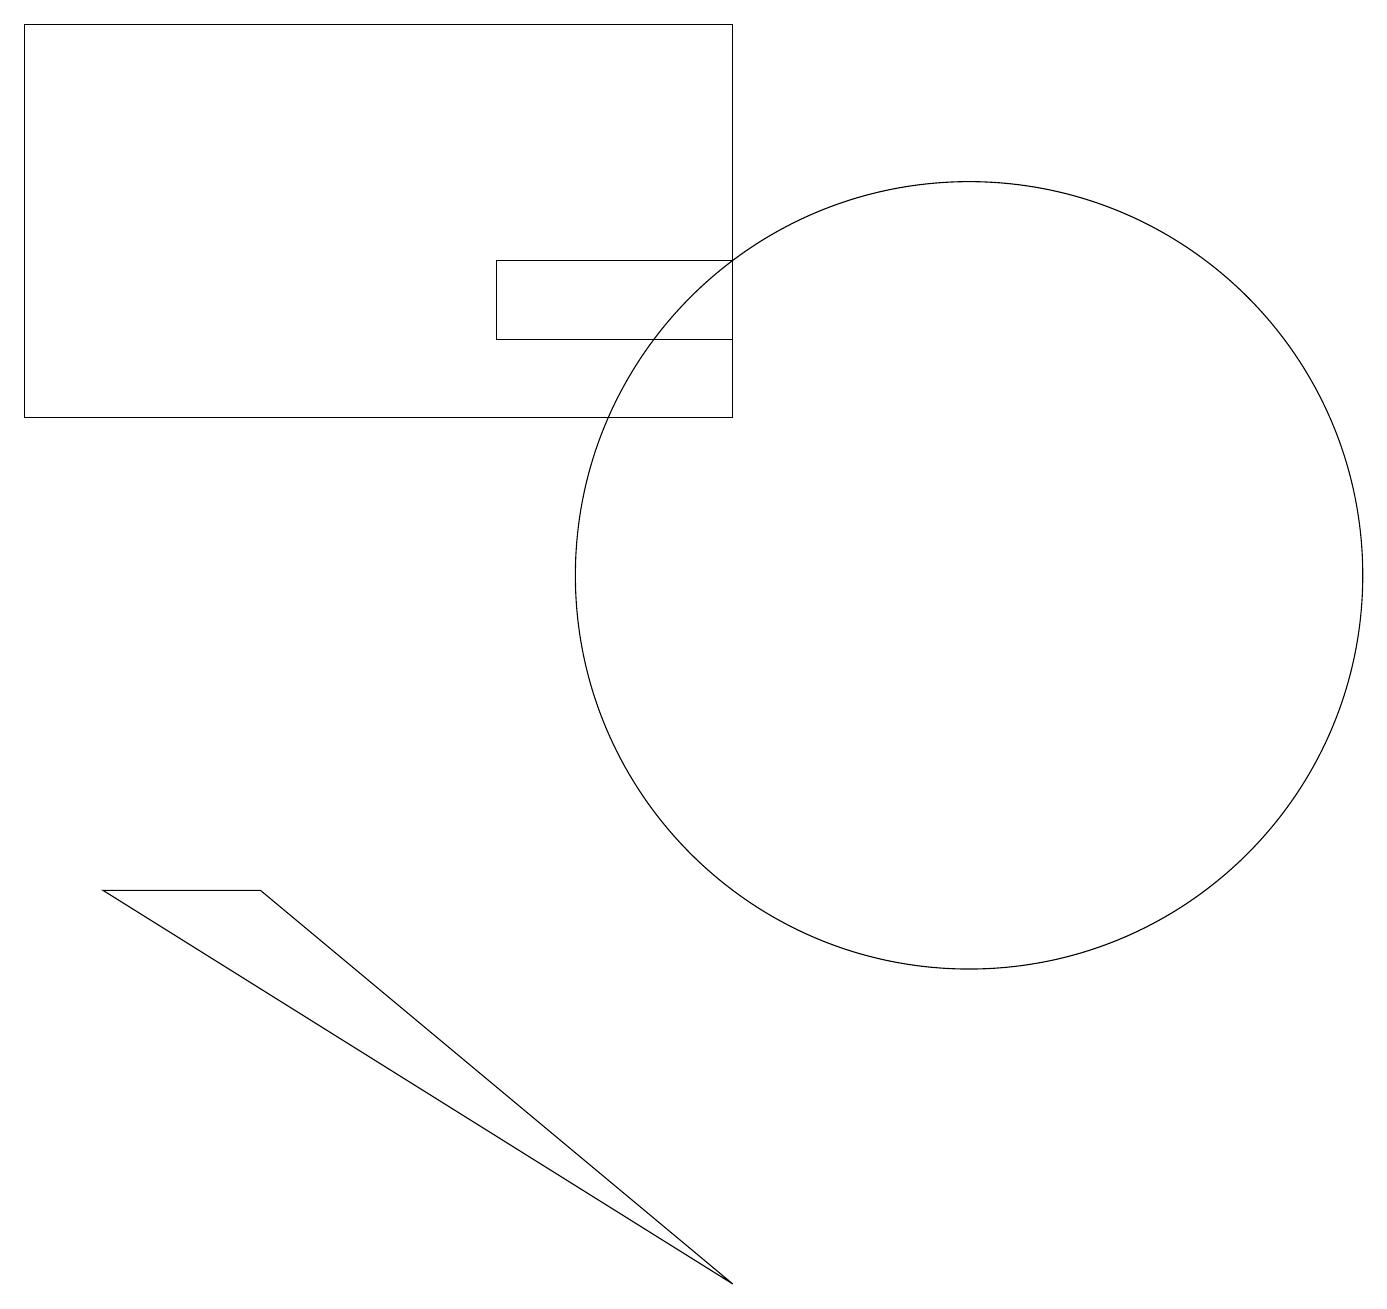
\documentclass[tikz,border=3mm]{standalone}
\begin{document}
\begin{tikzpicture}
\draw (9,14) rectangle (0,19);
\draw (12,12) circle (5);
\draw (6,15) rectangle (9,16);
\draw (3,8) -- (9,3) -- (1,8) -- cycle;
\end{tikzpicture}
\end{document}